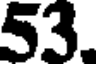
53.